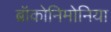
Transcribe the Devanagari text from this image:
ब्रॉकोनिमोनिया